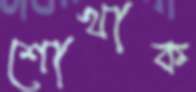
শোখাক